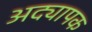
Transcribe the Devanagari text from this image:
अद्यापक